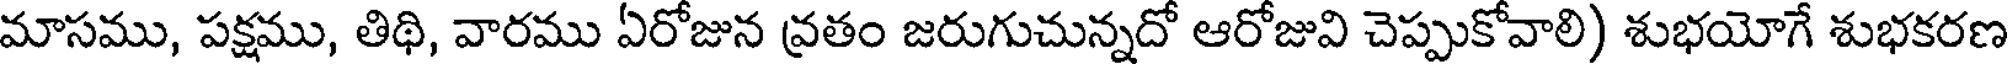
మాసము, పక్షము, తిథి, వారము ఏరోజున వ్రతం జరుగుచున్నదో ఆరోజువి చెప్పుకోవాలి) శుభయోగే శుభకరణ